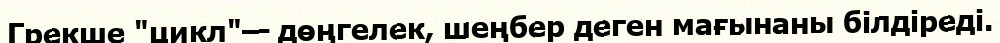
Грекше "цикл"— дөңгелек, шеңбер деген мағынаны білдіреді.